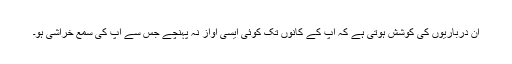
ان درباریوں کی کوشش ہوتی ہے کہ آپ کے کانوں تک کوئی ایسی آواز نہ پہنچے جس سے آپ کی سمع خراشی ہو۔